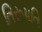
તિરૂપતિ